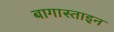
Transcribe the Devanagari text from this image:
बागास्ताइन